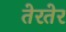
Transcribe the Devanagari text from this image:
तेरतेर